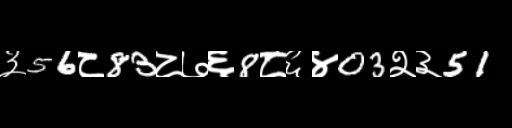
Text: ३56८83८७६8८६४03२३51